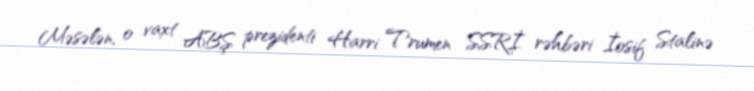
Məsələn, o vaxt ABŞ prezidenti Harri Trumen SSRİ rəhbəri İosif Stalinə